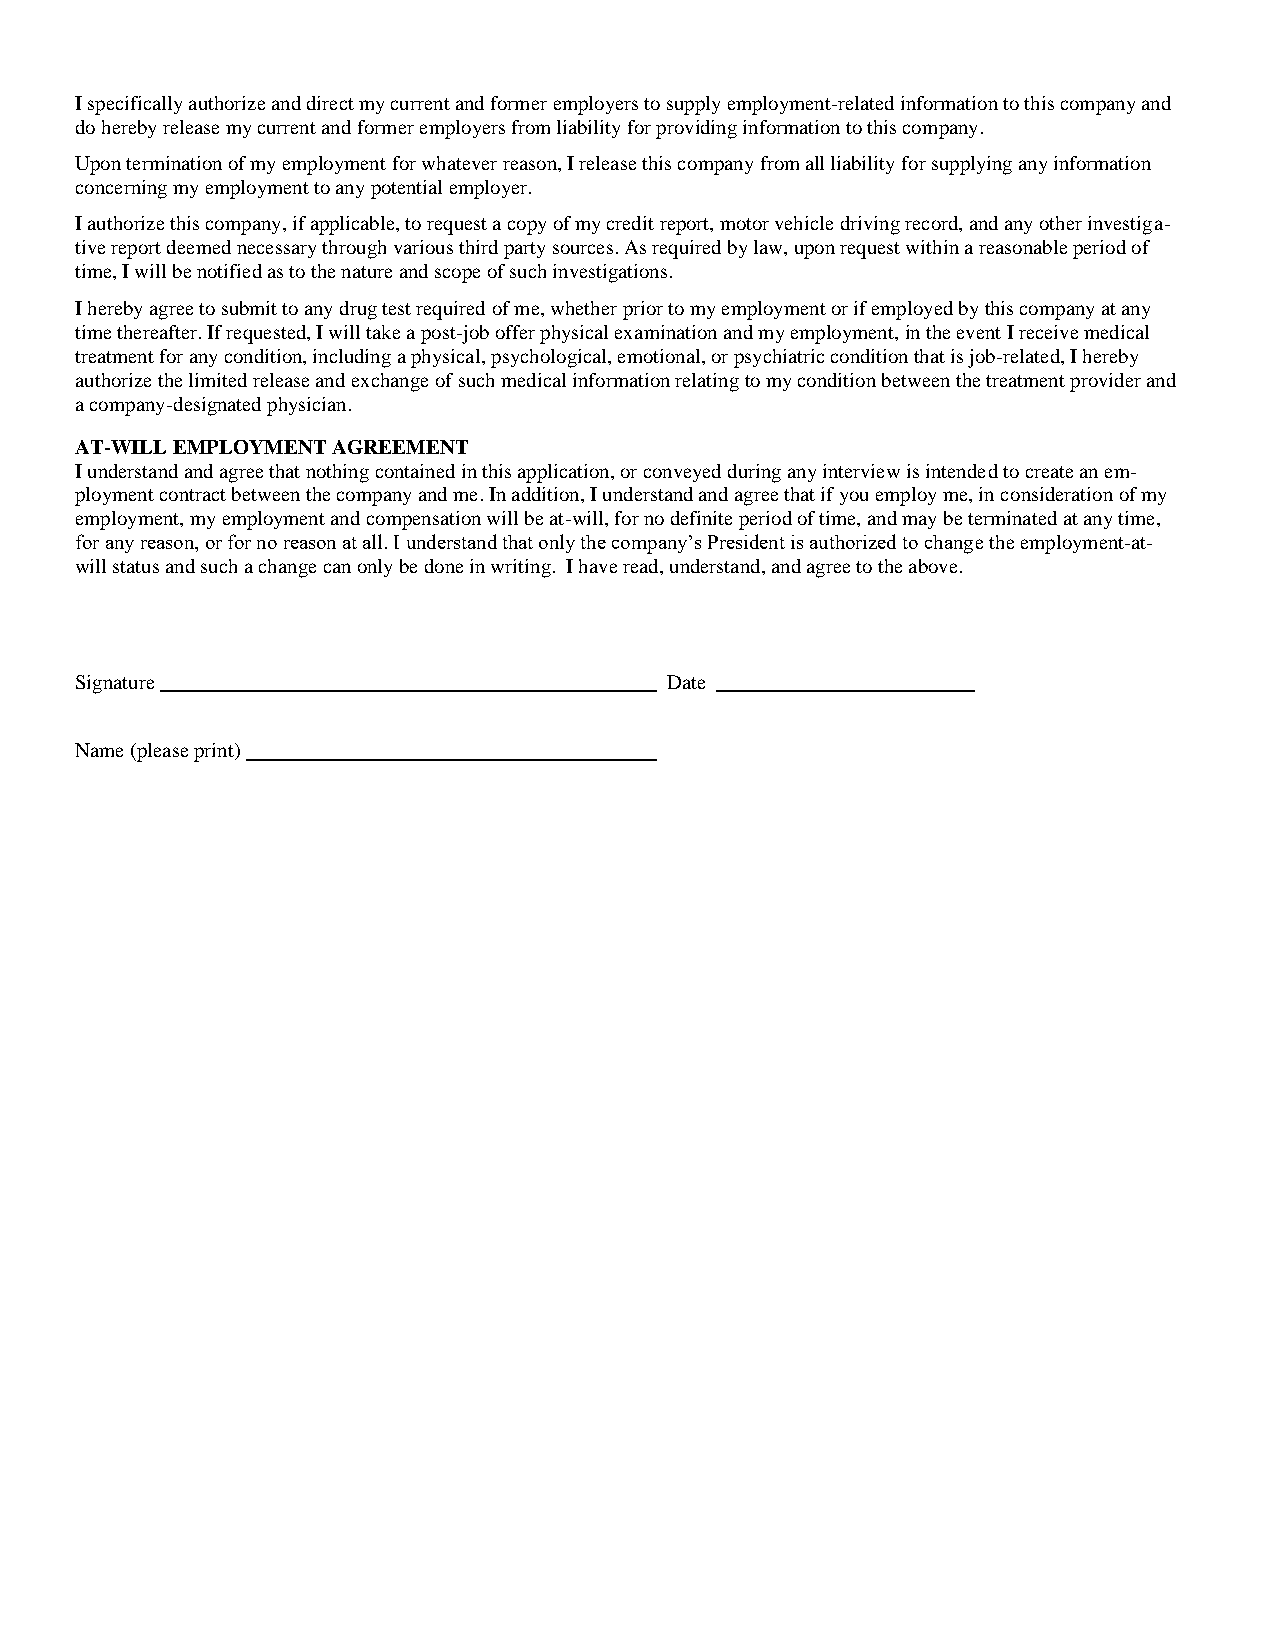
I specifically authorize and direct my current and former employers to supply employment-related information to this company and
 do hereby release my current and former employers from liability for providing information to this company.
 Upon termination of my employment for whatever reason, I release this company from all liability for supplying any information
 concerning my employment to any potential employer.
 I authorize this company, if applicable, to request a copy of my credit report, motor vehicle driving record, and any other investiga-
 tive report deemed necessary through various third party sources. As required by law, upon request within a reasonable period of
 time, I will be notified as to the nature and scope of such investigations.
 I hereby agree to submit to any drug test required of me, whether prior to my employment or if employed by this company at any
 time thereafter. If requested, I will take a post-job offer physical examination and my employment, in the event I receive medical
 treatment for any condition, including a physical, psychological, emotional, or psychiatric condition that is job-related, I hereby
 authorize the limited release and exchange of such medical information relating to my condition between the treatment provider and
 a company-designated physician.
 AT-WILL EMPLOYMENT AGREEMENT
 I understand and agree that nothing contained in this application, or conveyed during any interview is intended to create an em-
 ployment contract between the company and me. In addition, I understand and agree that if you employ me, in consideration of my
 employment, my employment and compensation will be at-will, for no definite period of time, and may be terminated at any time,
 for any reason, or for no reason at all. I understand that only the company’s President is authorized to change the employment-at-
 will status and such a change can only be done in writing. I have read, understand, and agree to the above.
 Signature                              Date
 Name (please print)